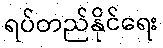
ရပ်တည်နိုင်ရေး